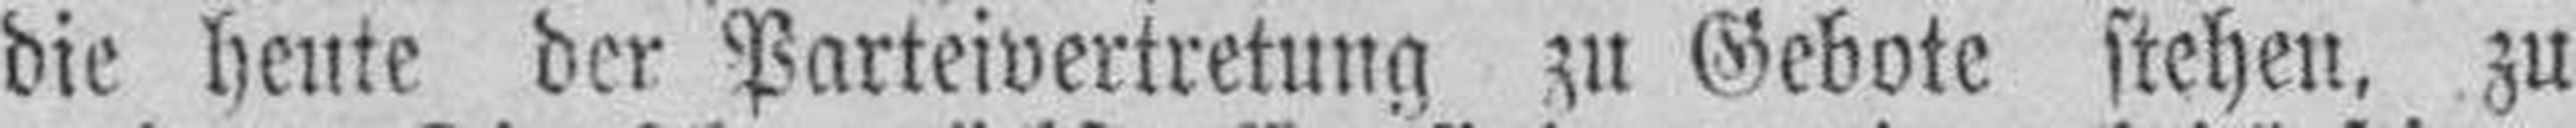
die heute der Parteivertretung zu Gebote stehen, zu